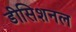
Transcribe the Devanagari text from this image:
डीसिशनल